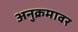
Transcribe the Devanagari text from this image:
अनुक्रमावर